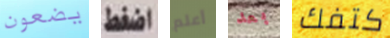
يضعون اضغط أعلم بعد كتفك